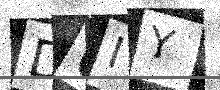
Text: DUIY